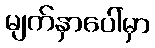
မျက်နှာပေါ်မှာ